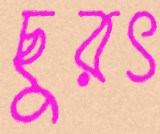
ছুরৎ